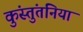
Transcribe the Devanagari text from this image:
कुंस्तुंतनिया